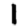
Digit: 1